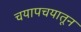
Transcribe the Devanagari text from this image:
चयापचयातून